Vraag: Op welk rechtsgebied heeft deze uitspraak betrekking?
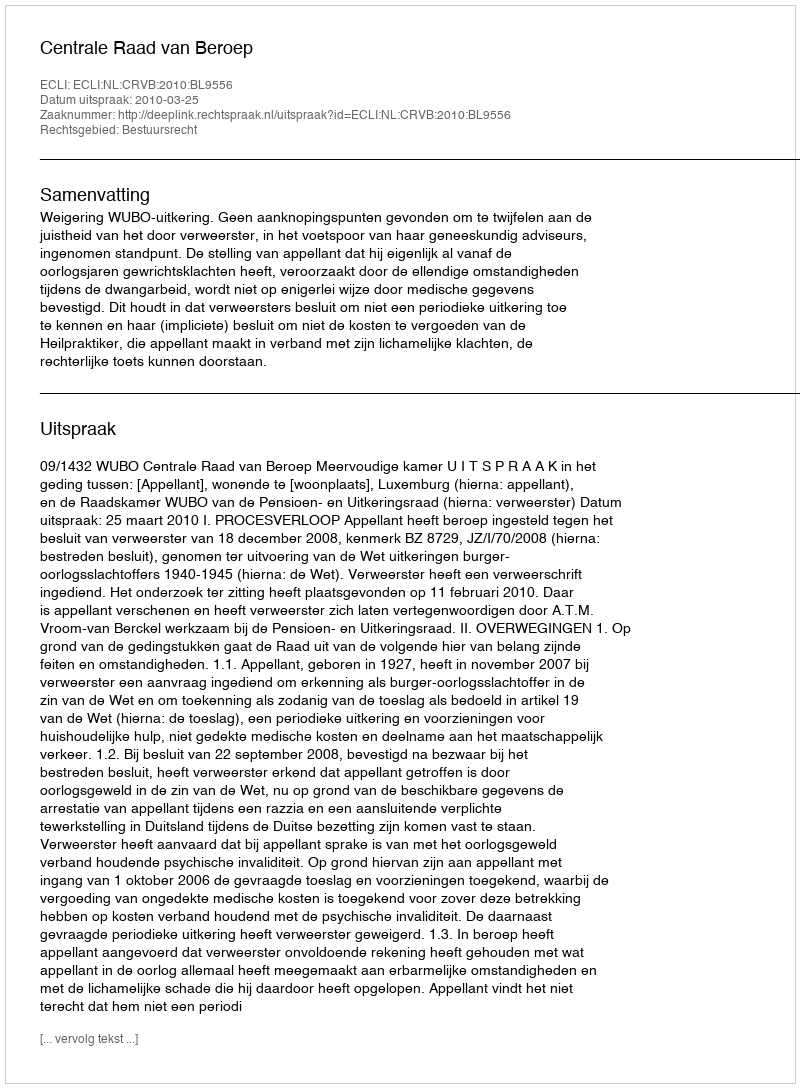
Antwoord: Bestuursrecht